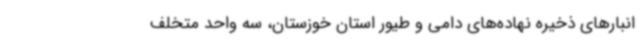
انبارهای ذخیره نهاده‌های دامی و طیور استان خوزستان، سه واحد متخلف